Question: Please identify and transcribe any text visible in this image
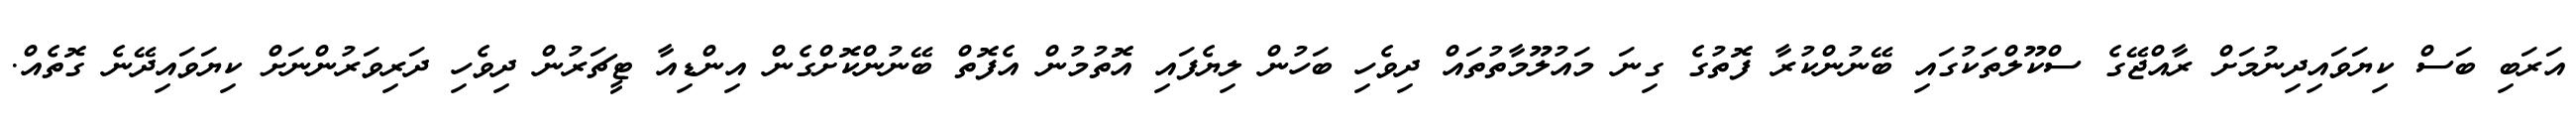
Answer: އަރަބި ބަސް ކިޔަވައިދިނުމަށް ރާއްޖޭގެ ސްކޫލްތަކުގައި ބޭނުންކުރާ ފޮތުގެ ގިނަ މައުލޫމާތުތައް ދިވެހި ބަހުން ލިޔެފައި އޮތުމުން އެފޮތް ބޭނުންކޮށްގެން އިންޑިއާ ޓީޗަރުން ދިވެހި ދަރިވަރުންނަށް ކިޔަވައިދޭނެ ގޮތެއް.